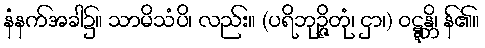
နံနက်အခါ၌။ သာမိသံပိ၊ လည်း။ (ပရိဘုဉ္ဇိတုံ၊ ငှာ၊) ဝဋ္ဋန္တိ၊ န်၏။